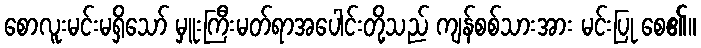
စောလူးမင်းမရှိသော် မှူးကြီးမတ်ရာအပေါင်းတို့သည် ကျန်စစ်သားအား မင်းပြု စေ၏။